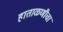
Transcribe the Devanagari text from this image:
हाताळणीचा